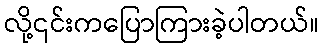
လို့၎င်းကပြောကြားခဲ့ပါတယ်။